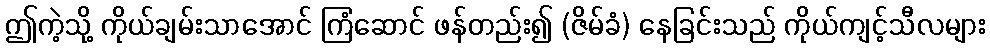
ဤကဲ့သို့ ကိုယ်ချမ်းသာအောင် ကြံဆောင် ဖန်တည်း၍ (ဇိမ်ခံ) နေခြင်းသည် ကိုယ်ကျင့်သီလများ